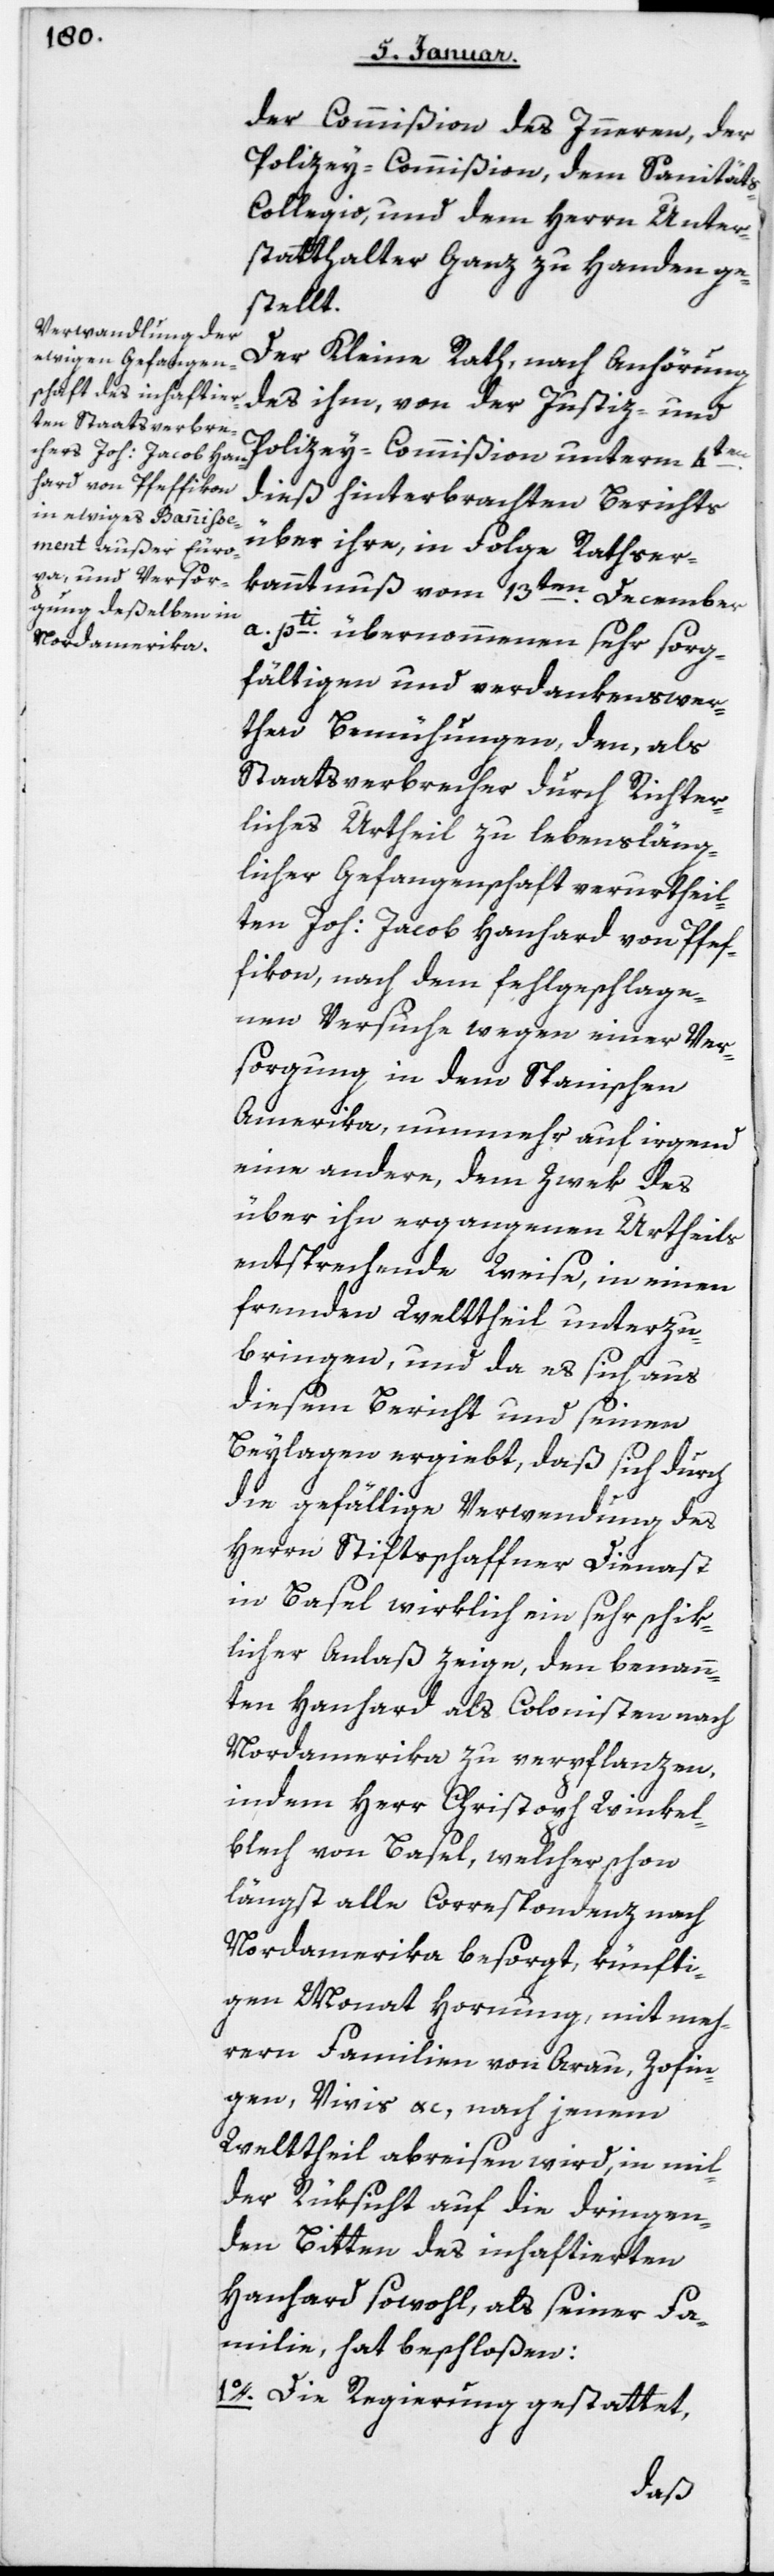
ten Joh. Jacob Han¬
hard von Pfeffikon

der Commißion des Innern, der
Polizey-Commißion, dem Sanität¬
s-Collegio und dem Herrn Unter¬
statthalter Ganz zu Handen ge¬
stellt.
Der Kleine Rath, nach Anhörung
des ihm von der Justiz- und
Polizey-Commißion unterm 4ten
dieß hinterbrachten Berichts
über ihre, in Folge Rathser¬
kanntnuß vom 13ten December
a. pti übernommenen sehr sorg¬
fältigen und verdankenswer¬
ten Bemühungen, den als
Staatsverbrecher durch richter¬
liches Urtheil zu lebensläng¬
licher Gefangenschaft verurtheil¬
[sic!], nach dem fehlgeschlage¬
nen Versuche wegen einer Ver¬
sorgung in dem Spanischen
Amerika, nunmehr auf irgend
eine andere, dem Zwek des
über ihn ergangenen Urtheils
entsprechende Weise, in einen
fremden Welttheil unterzu¬
bringen, und da es sich aus
diesem Bericht und seinen
Beylagen ergiebt, daß sich durch
die gefällige Verwendung des
Herrn Stiftsschaffner Dienast
in Basel wirklich ein sehr schik¬
licher Anlaß zeige, den benann¬
ten Hanhart als Colonisten nach
Nordamerika zu verpflanzen,
indem Herr Christoph Winkel¬
blech von Basel, welcher schon
längst alle Correspondenz nach
Nordamerika besorgt, künfti¬
gen Monat Hornung, mit meh¬
reren Familien von Aarau, Zofin¬
gen Vivis etc., nach jenem
Welttheil abreisen wird, in mil¬
der Rüksicht auf die dringen¬
den Bitten des inhaftierten
Hanhard sowohl, als seiner Fa¬
milie, hat beschloßen:
1. Die Regierung gestattet,